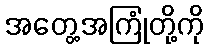
အတွေ့အကြုံတို့ကို